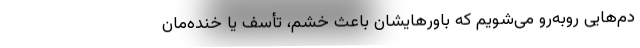
دم‌هایی رو‌به‌رو می‌شویم که باورهایشان باعث خشم، تأسف یا خنده‌مان